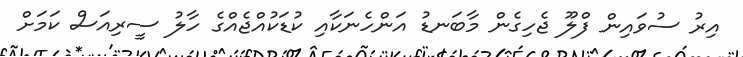
އިރު ސުވައިން ފްލޫ ޖެހިގެން މާބަނޑު އަންހެނަކާއި ކުޑަކުއްޖެއްގެ ހާލު ސީރިއަސް ކަމަށް